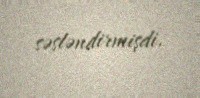
səsləndirmişdi.